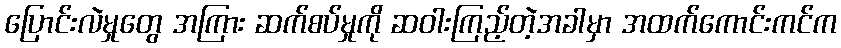
ပြောင်းလဲမှုတွေ အကြား ဆက်စပ်မှုကို ဆဝါးကြည့်တဲ့အခါမှာ အထက်ကောင်းကင်က